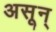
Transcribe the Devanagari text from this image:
असून्